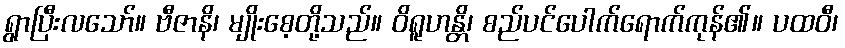
ရွာပြီးလသော်။ ဗီဇာနိ၊ မျိုးစေ့တို့သည်။ ဝိရူဟန္တိ၊ စည်ပင်ပေါက်ရောက်ကုန်၏။ ပထဝီ၊